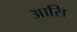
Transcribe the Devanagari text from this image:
आसि